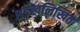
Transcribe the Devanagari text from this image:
शङ्खलिखित